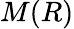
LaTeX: M(R)